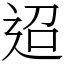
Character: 迢